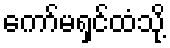
ကော်မရှင်ထံသို့